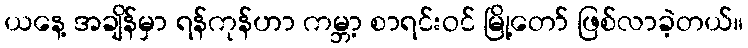
ယနေ့ အချိန်မှာ ရန်ကုန်ဟာ ကမ္ဘာ့ စာရင်းဝင် မြို့တော် ဖြစ်လာခဲ့တယ်။